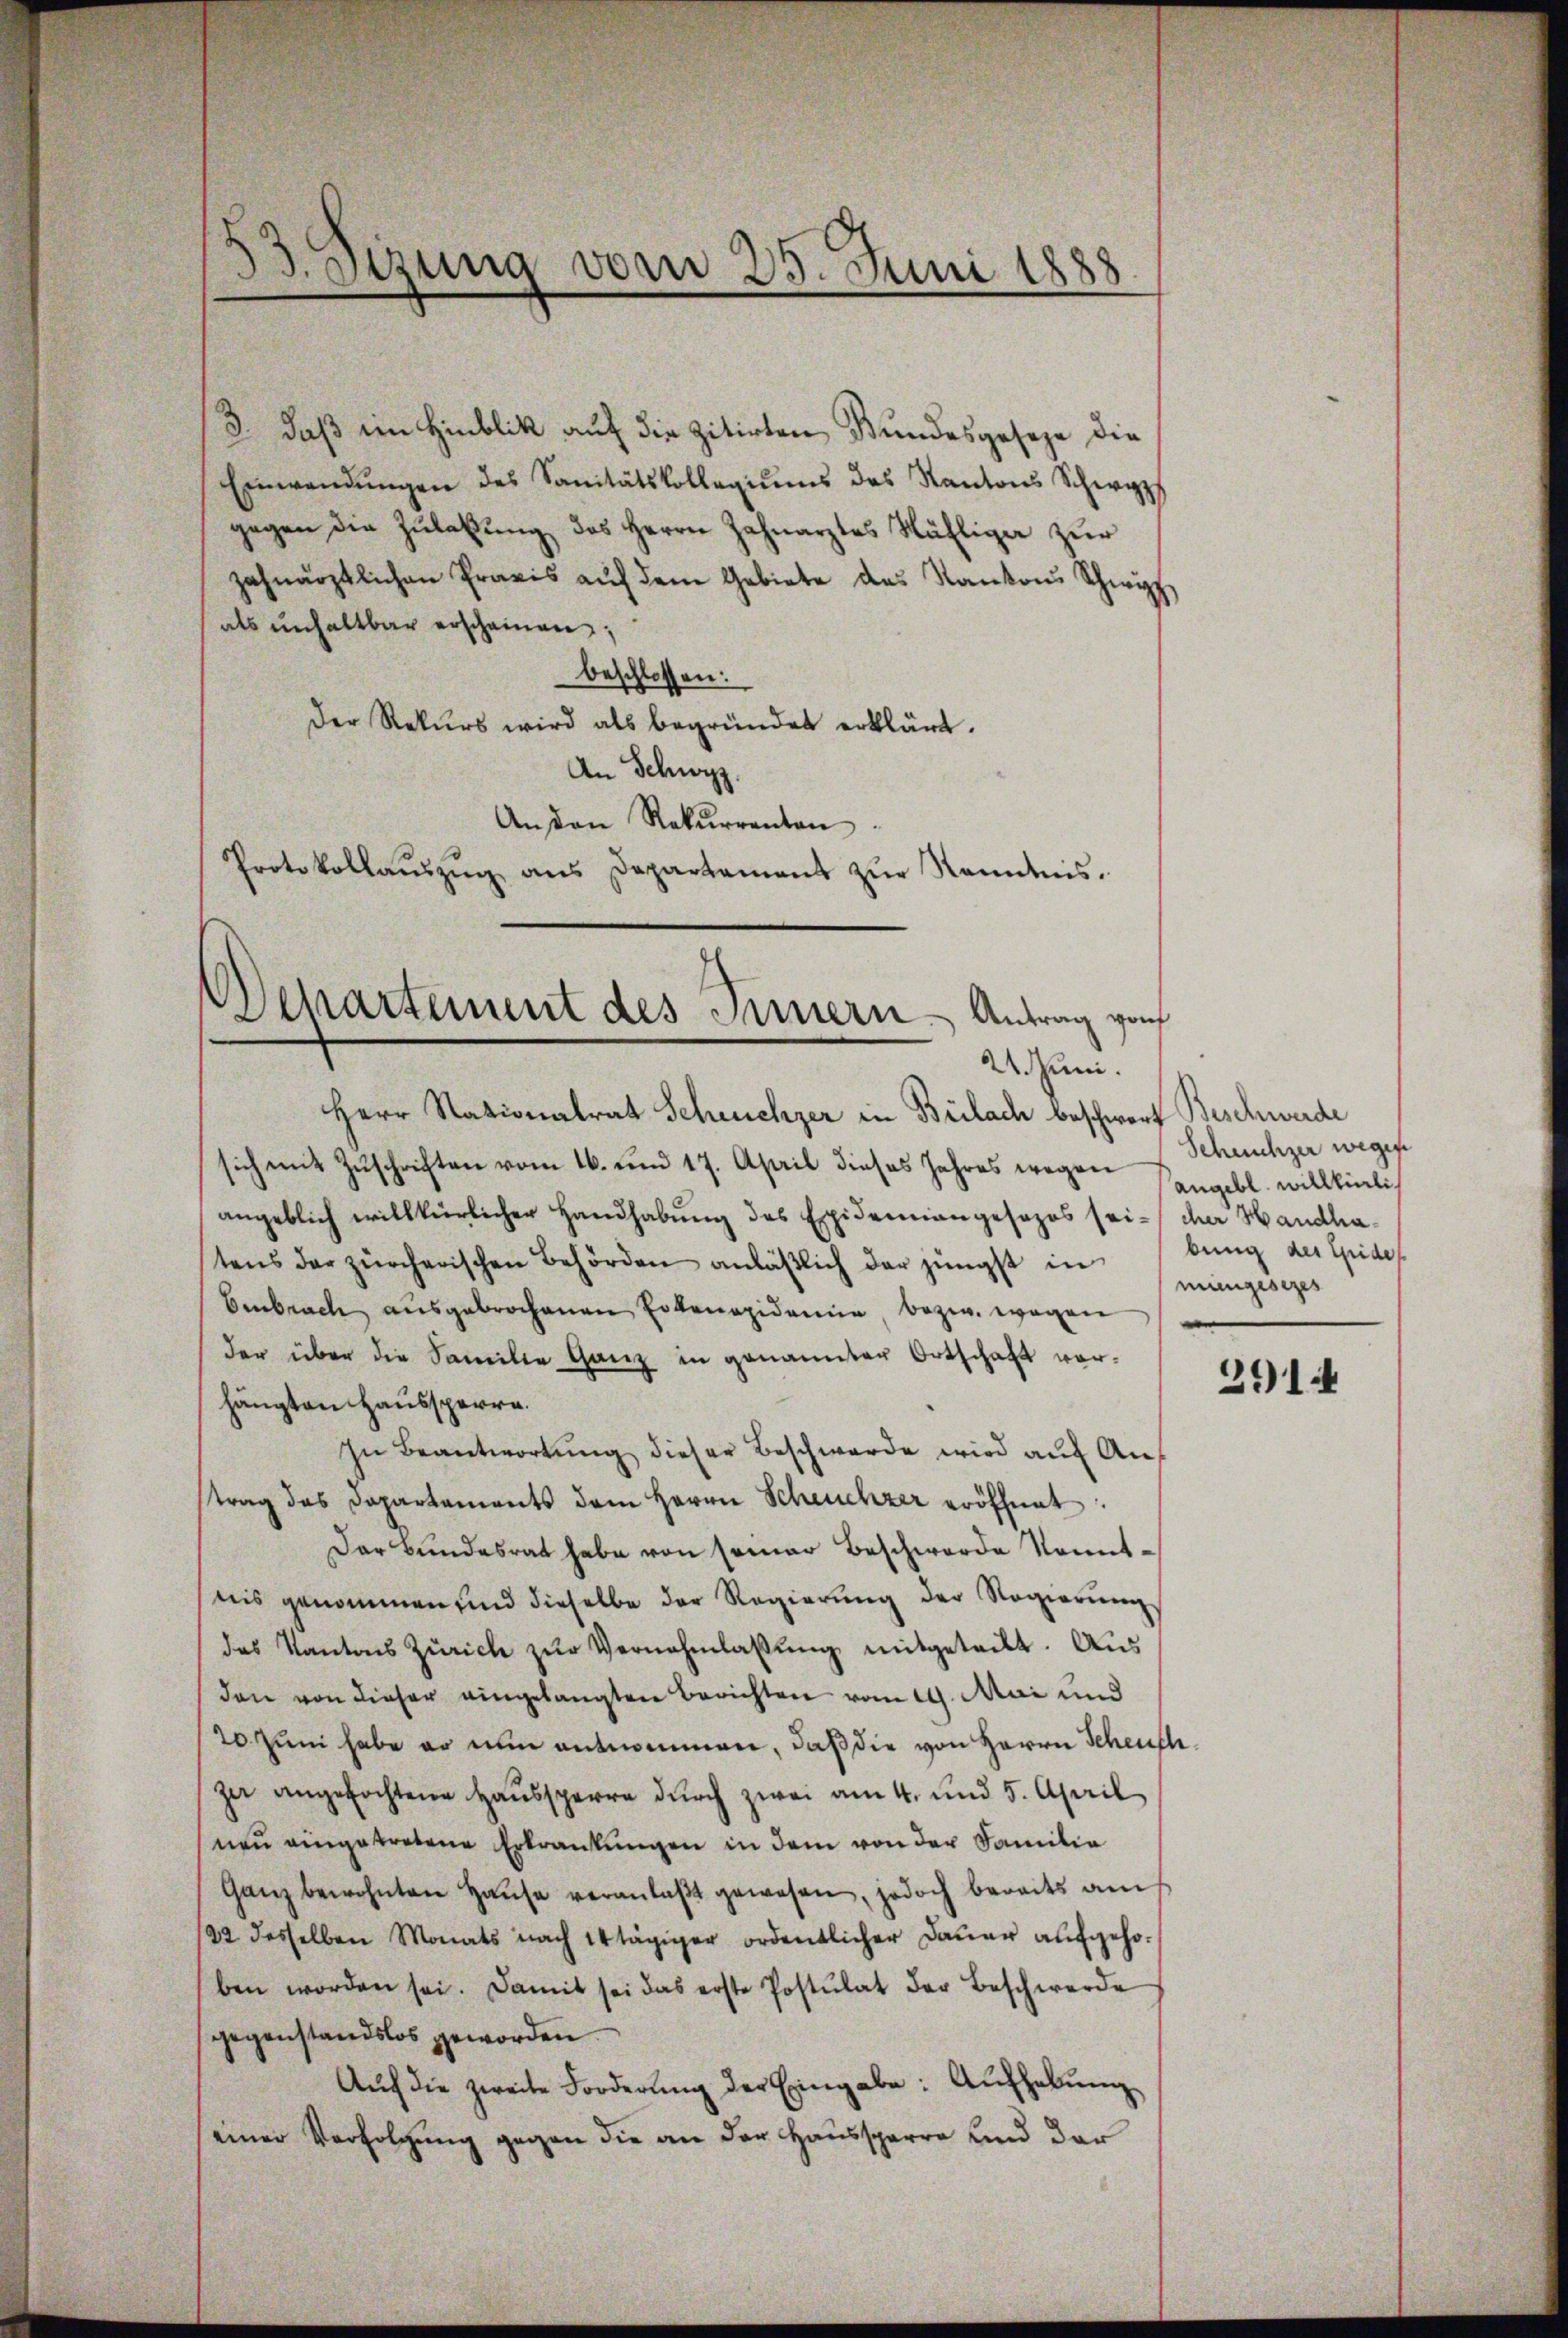
3. daß ein Hinblik auf die zitirten Bundesgeseze die
Einwendŭngen des Sanitätskollegiŭms des Kantons Schwyz
gegen die Zulaßung des Herrn Zahnarztes Mählige zur
zahnärztlichen Praxis aŭf dem Gebiete des Kantons Schwyz
als unhaltbar erscheinen;
beschlossen:
Der Rekurs wird als begründet erklärt.
An Schwyz.
Anden Rekurrenten
Protokollaŭszŭg ans Departement zŭr Kenntnis.

Setzung vom 25. Juni 1888

Departement des Innern Antrag vo
21. Juni.

Herr Stationalrat Scheuchzer in Bülach beschwort Beschwerde
sich mit Zuschriften vom 16. und 17. April dieses Jahres wegen Scheuchzer weges
angeblich willkürlicher Handhabung des Epidemiangesezes seicher Handhatens der zürcherischen Behörden anläßlich der jüngst in
Embrach ausgebrochenen Erkanapidemie, bezw. wegen
der über die Familie ganz in genannter Ortschaft vorhängten Haussperre.
In Beantwortung dieser Beschwerde wird auf Anstrag das Dapartaments dem Herrn Scheuchzer eröffnet:
Der Bundesrat habe von seiner Beschwerde kanntnis genommen und dieselbe der Regierŭng der Regierŭng
das Kantons Zürich zŭr Vernehmlassŭng mitgeteilt. Aus
den von dieser eingelangten Berichten vom 19. Mai und
20 zum habe er nun entnommen, daß die von Herrn Scheuchza angefochtene Haussperre durch zwei am 4. und 5. April
nen eingetretene Erkrankungen in dem von der Familie
Ganz bewohnten Haŭse veranlaβt gewesen, jedoch bereits am
/22 desselben Monats nach 14tägiger ordentlicher Dauer aufgehoben worden sei. Damit sei das erste Postulat der Beschwerde
gegenstandslos geworden
Auf die zweite Forderung der Eingabe: Aufhebung
einer Verfolgung gegen die an der Haussparre und der

Angebl. willkürlich
bung der Eide
mingesezes

2914